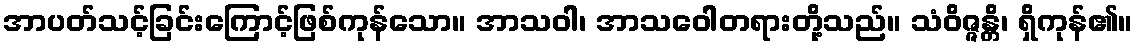
အာပတ်သင့်ခြင်းကြောင့်ဖြစ်ကုန်သော။ အာသဝါ၊ အာသဝေါတရားတို့သည်။ သံဝိဇ္ဇန္တိ၊ ရှိကုန်၏။